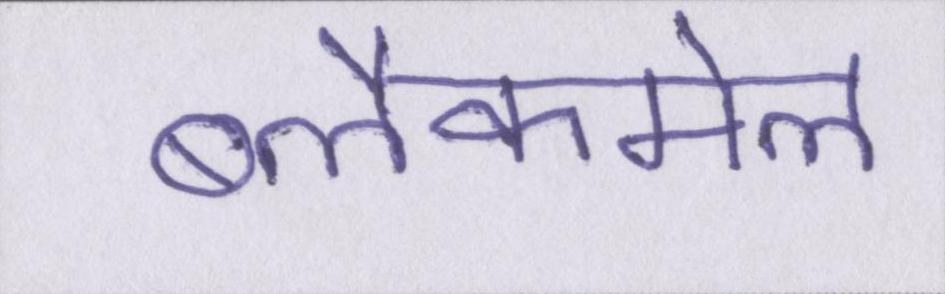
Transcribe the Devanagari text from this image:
ब्लैकमेल